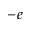
- e